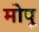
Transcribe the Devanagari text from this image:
मोपू